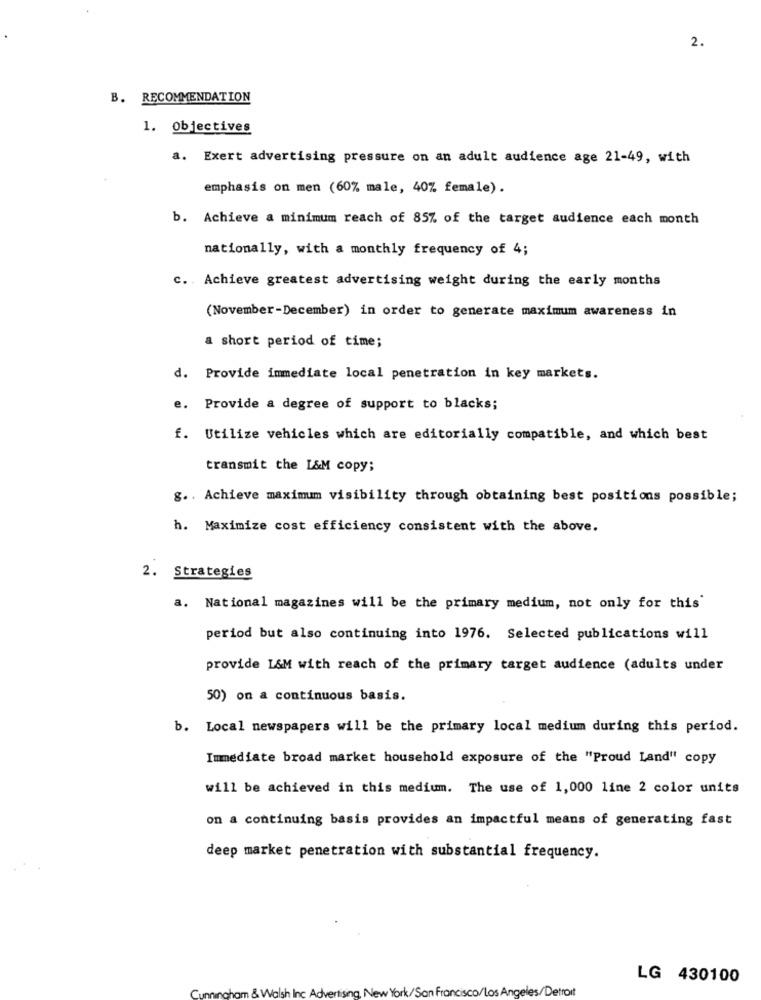
2.
B. RECOMMENDATION
1. Objectives
a. Exert advertising pressure on an adult audience age 21-49, with
emphasis on men (60% male, 40% female).
b. Achieve a minimum reach of 85% of the target audience each month
nationally, with a monthly frequency of 4;
c. Achieve greatest advertising weight during the early months
(November-December) in order to generate maximum awareness in
a short period of time;
d. Provide immediate local penetration in key markets.
e. Provide a degree of support to blacks;
f. Utilize vehicles which are editorially compatible, and which best
transmit the L&M copy;
g. . Achieve maximum visibility through obtaining best positions possible;
h. Maximize cost efficiency consistent with the above.
Strategies
a. National magazines will be the primary medium, not only for this
period but also continuing into 1976. Selected publications will
provide L&M with reach of the primary target audience (adults under
50) on a continuous basis.
b. Local newspapers will be the primary local medium during this period.
Immediate broad market household exposure of the "Proud Land" copy
will be achieved in this medium. The use of 1,000 line 2 color units
on a continuing basis provides an impactful means of generating fast
deep market penetration with substantial frequency.
LG 430100
Cunningham & Walsh Inc Advertising, New York/San Francisco/Los Angeles/Detroit